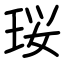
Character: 珱